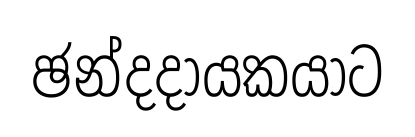
ඡන්දදායකයාට